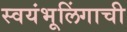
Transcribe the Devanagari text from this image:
स्वयंभूलिंगाची